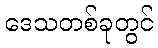
ဒေသတစ်ခုတွင်